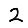
Digit: 2